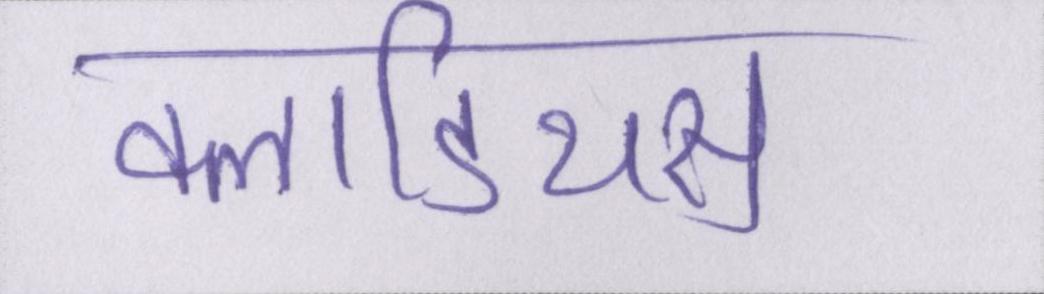
क्लाडियस